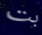
بت